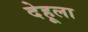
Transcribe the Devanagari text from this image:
देहूला